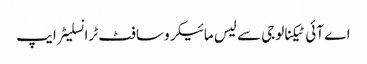
اے آئی ٹیکنالوجی سے لیس مائیکرو سافٹ ٹرانسلیٹر ایپ